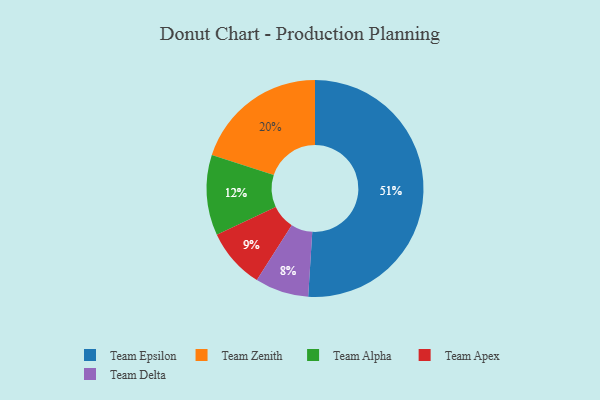
{"axis": {"x": "Category", "y": "Percentage"}, "legend": ["Team Alpha", "Team Apex", "Team Delta", "Team Epsilon", "Team Zenith"], "data": [{"x": "Team Alpha", "y": 12, "type": "Team Alpha"}, {"x": "Team Zenith", "y": 20, "type": "Team Zenith"}, {"x": "Team Epsilon", "y": 51, "type": "Team Epsilon"}, {"x": "Team Apex", "y": 9, "type": "Team Apex"}, {"x": "Team Delta", "y": 8, "type": "Team Delta"}]}